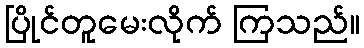
ပြိုင်တူမေးလိုက် ကြသည်။